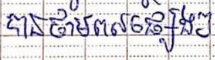
បានថាមពលផ្សេងៗ